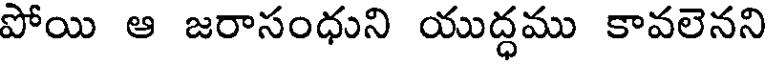
పోయి ఆ జరాసంధుని యుద్ధము కావలెనని